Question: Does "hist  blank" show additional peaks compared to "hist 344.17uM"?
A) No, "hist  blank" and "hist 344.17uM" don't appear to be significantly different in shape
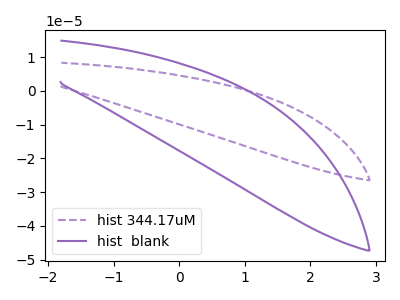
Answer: <think>The purple dashed curve "hist 344.17uM" has no peaks. The purple curve "hist  blank" has no peaks.
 Neither "hist  blank" or "hist 344.17uM" have any peaks.</think>
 <answer>A) No, "hist  blank" and "hist 344.17uM" don't appear to be significantly different in shape</answer>
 <eval>A</eval>